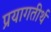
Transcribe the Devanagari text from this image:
प्रयागतीर्थ